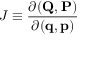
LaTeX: J \equiv { \frac { \partial ( \mathbf { Q } , \mathbf { P } ) } { \partial ( \mathbf { q } , \mathbf { p } ) } }